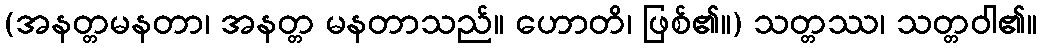
(အနတ္တမနတာ၊ အနတ္တ မနတာသည်။ ဟောတိ၊ ဖြစ်၏။) သတ္တဿ၊ သတ္တဝါ၏။